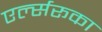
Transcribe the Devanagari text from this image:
एर्ल्सरूका